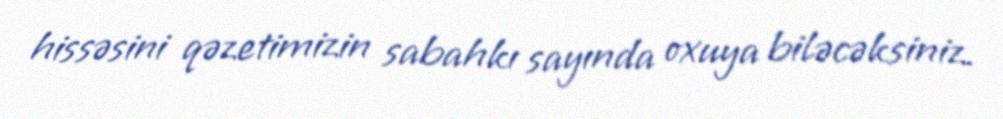
hissəsini qəzetimizin sabahkı sayında oxuya biləcəksiniz.